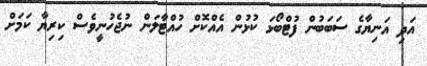
އަދި އަނިޔާގެ ސަބަބުން ފުޓްބޯޅަ ކުޅުން އެއްކޮށް ހުއްޓާލަން ނުޖެހުނީވެސް ކިރިޔާ ކަމަށް